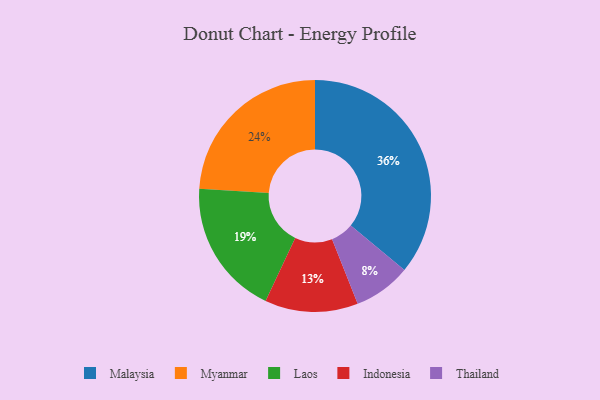
{"axis": {"x": "Category", "y": "Percentage"}, "legend": ["Indonesia", "Laos", "Malaysia", "Myanmar", "Thailand"], "data": [{"x": "Thailand", "y": 8, "type": "Thailand"}, {"x": "Myanmar", "y": 24, "type": "Myanmar"}, {"x": "Indonesia", "y": 13, "type": "Indonesia"}, {"x": "Laos", "y": 19, "type": "Laos"}, {"x": "Malaysia", "y": 36, "type": "Malaysia"}]}